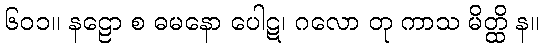
၆၀၁။ နဠော စ ဓမနော ပေါဋ၊ ဂလော တု ကာသ မိတ္ထိ န။